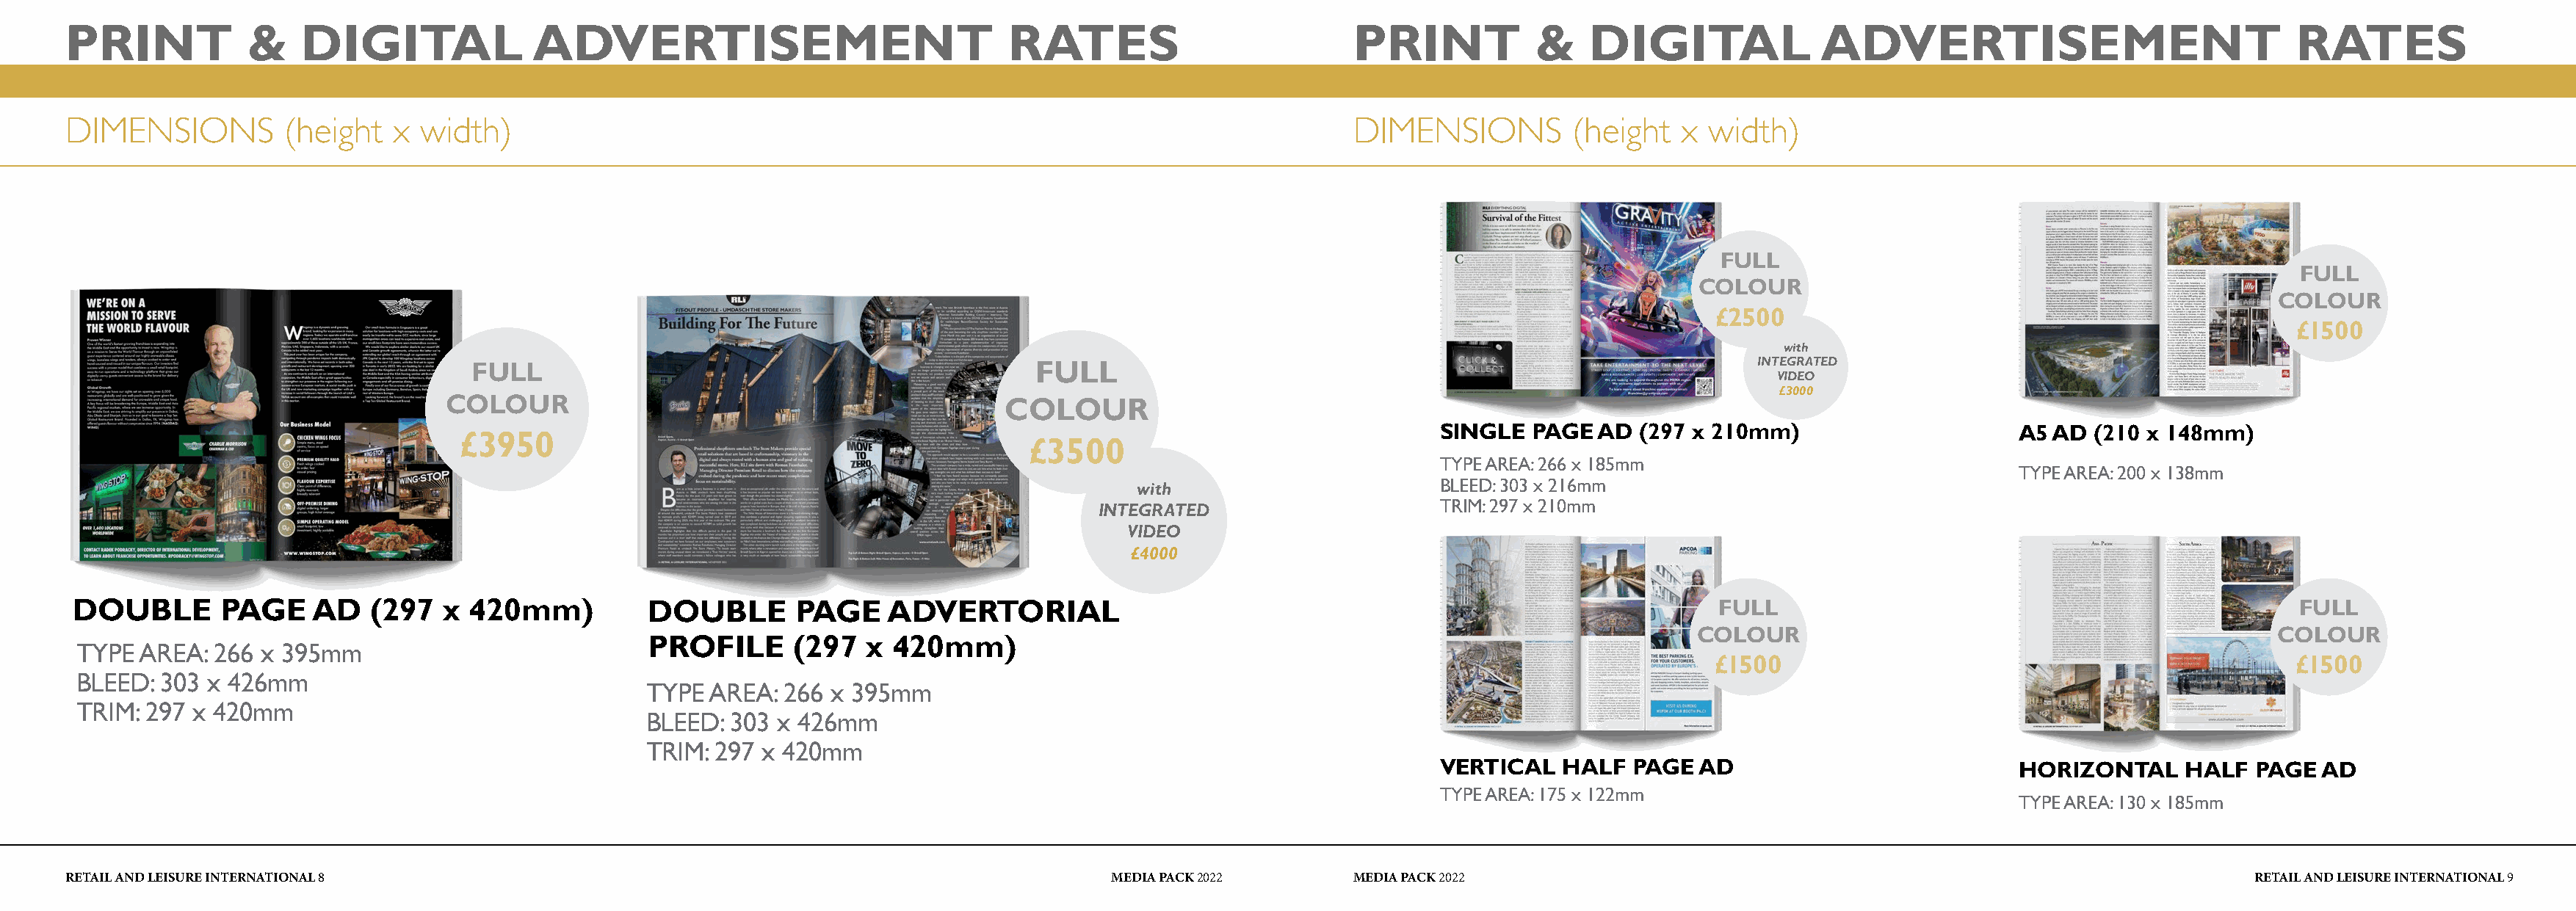
PRINT           &    DIGITAL              ADVERTISEMENT                              RATES                          PRINT           &    DIGITAL              ADVERTISEMENT                              RATES
 DIMENSIONS          (height  x  width)                                                                              DIMENSIONS          (height   x width)
 FULL
 FULL
 COLOUR
 COLOUR
 £2500
 £1500
 with
 INTEGRATED
 FULL                                              FULL
 VIDEO
 £3000
 COLOUR                                             COLOUR
 SINGLE  PAGE  AD  (297 x 210mm)                     A5 AD  (210 x 148mm)
 £3950
 £3500
 TYPE AREA: 266 x 185mm
 TYPE AREA: 200 x 138mm
 with                        BLEED: 303 x 216mm
 INTEGRATED                     TRIM: 297 x 210mm
 VIDEO
 £4000
 DOUBLE       PAGE    AD   (297   x 420mm)          DOUBLE        PAGE    ADVERTORIAL                                                                FULL                                                FULL
 COLOUR                                              COLOUR
 PROFILE       (297  x 420mm)
 TYPE  AREA: 266  x 395mm
 £1500                                               £1500
 BLEED: 303  x 426mm
 TYPE  AREA:  266 x 395mm
 TRIM: 297 x 420mm
 BLEED:  303 x 426mm
 TRIM: 297  x 420mm
 VERTICAL   HALF  PAGE  AD                           HORIZONTAL     HALF  PAGE  AD
 TYPE AREA: 175 x 122mm
 TYPE AREA: 130 x 185mm
 RETAIL AND LEISURE INTERNATIONAL 8                                                            MEDIA PACK 2022       MEDIA PACK 2022                                                                  RETAIL AND LEISURE INTERNATIONAL 9